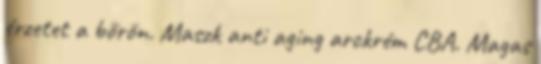
érzetet a bőrön. Maszk anti aging arckrém CBA. Magas